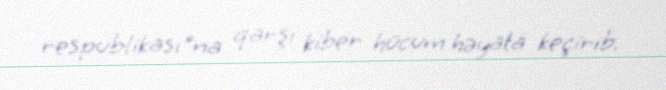
respublikası"na qarşı kiber hücum həyata keçirib.